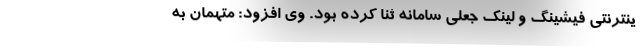
ینترنتی فیشینگ و لینک جعلی سامانه ثنا کرده بود. وی افزود: متهمان به